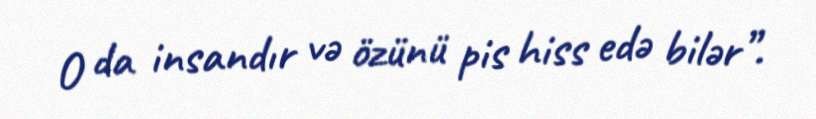
O da insandır və özünü pis hiss edə bilər”.